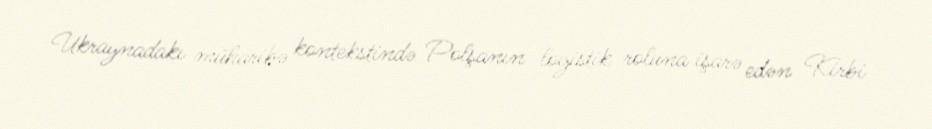
Ukraynadakı müharibə kontekstində Polşanın logistik roluna işarə edən Kirbi